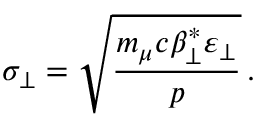
\sigma _ { \perp } = \sqrt { \frac { m _ { \mu } c \beta _ { \perp } ^ { * } \varepsilon _ { \perp } } { p } } \, .